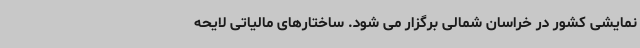
نمایشی کشور در خراسان شمالی برگزار می شود. ساختارهای مالیاتی لایحه